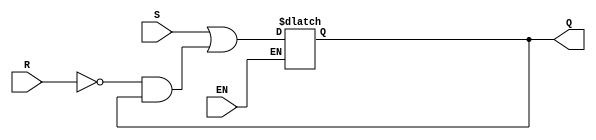
module gated_RS_FF(R,S, EN, Q);
 input R;
input S;
 input EN;
 output Q;
reg Q;
always @(R or S or EN)
if(EN)
Q=S|(~R&Q);
endmodule